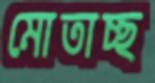
মোতাচ্ছ